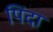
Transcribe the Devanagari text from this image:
पिंदा